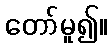
တော်မူ၍။